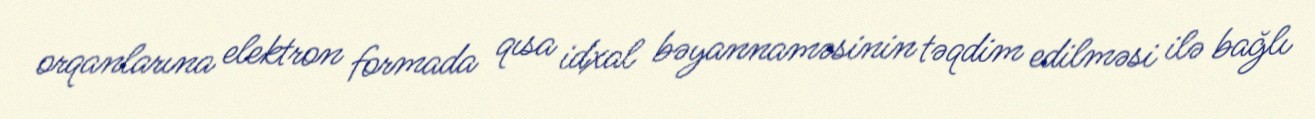
orqanlarına elektron formada qısa idxal bəyannaməsinin təqdim edilməsi ilə bağlı